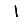
Digit: 1